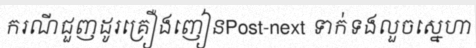
ករណីជួញដូរគ្រឿងញៀនPost-next ទាក់ទងលួចស្នេហា